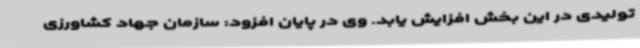
تولیدی در این بخش افزایش یابد. وی در پایان افزود: سازمان جهاد کشاورزی